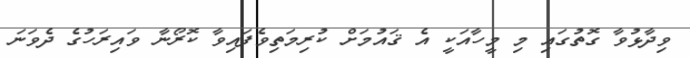
ވިދާޅުވާ ގޮތުގައި މި މީހާއަކީ އެ ޤައުމަށް ކުރިމަތިވެފައިވާ ކޮރޯނާ ވައިރަހުގެ ދެވަނަ